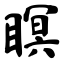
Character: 瞑